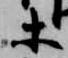
等